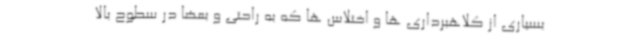
بسیاری از کلاهبرداری ها و اختلاس ها که به راحتی و بعضا در سطوح بالا